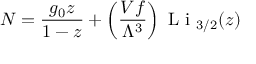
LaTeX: N = { \frac { g _ { 0 } z } { 1 - z } } + \left( { \frac { V f } { \Lambda ^ { 3 } } } \right) { \textrm { L i } } _ { 3 / 2 } ( z )